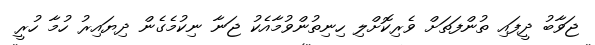
ޖަވާބު ދީފައި ތުންފަތަށް ވެރިކޮށްލި ހިނިތުންވުމާއެކު ޖަނާ ނިކުމެގެން ދިޔައިރު ހުމާ ހުރީ